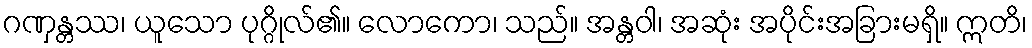
ဂဏှန္တဿ၊ ယူသော ပုဂ္ဂိုလ်၏။ လောကော၊ သည်။ အန္တဝါ၊ အဆုံး အပိုင်းအခြားမရှိ။ ဣတိ၊